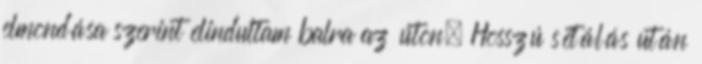
elmondása szerint elindultam balra az úton. Hosszú sétálás után